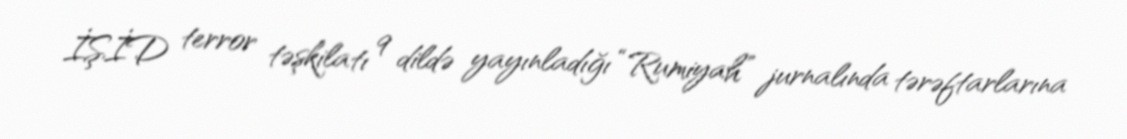
İŞİD terror təşkilatı 9 dildə yayınladığı “Rumiyah” jurnalında tərəftarlarına